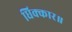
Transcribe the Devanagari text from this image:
धिक्कार॥